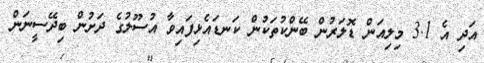
އަދި އެ 3.1 މިލިއަން ޑޮލަރުން ބޭންކުތަކުން ކަނޑައެޅިފައިވާ އުސޫލުގެ ދަށުން ބިދޭސީނަން